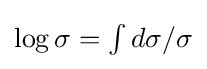
{\textstyle \log \sigma =\int d\sigma /\sigma }